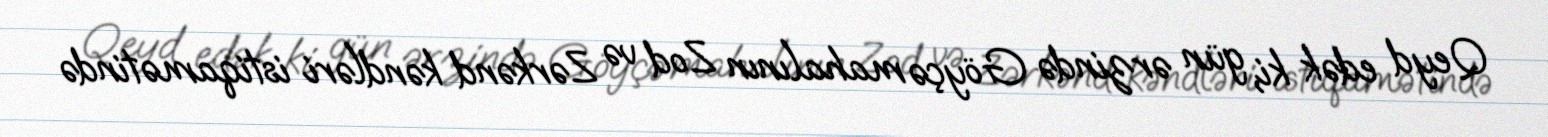
Qeyd edək ki, gün ərzində Göyçə mahalının Zod və Zərkənd kəndləri istiqamətində